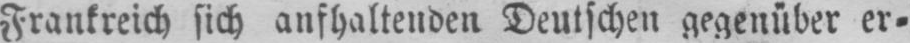
Frankreich sich anfhaltenden Deutschen gegenüber er⸗